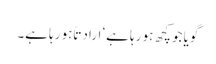
گویا جو کچھ ہو رہا ہے‘ ارادتاً ہو رہا ہے۔